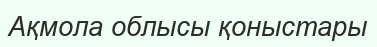
Ақмола облысы қоныстары